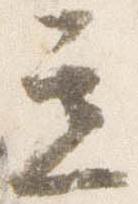
立